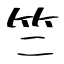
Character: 竺